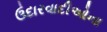
ઉદારવાદીઓના